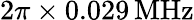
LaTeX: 2\pi\times 0.029\, \mathrm{MHz}